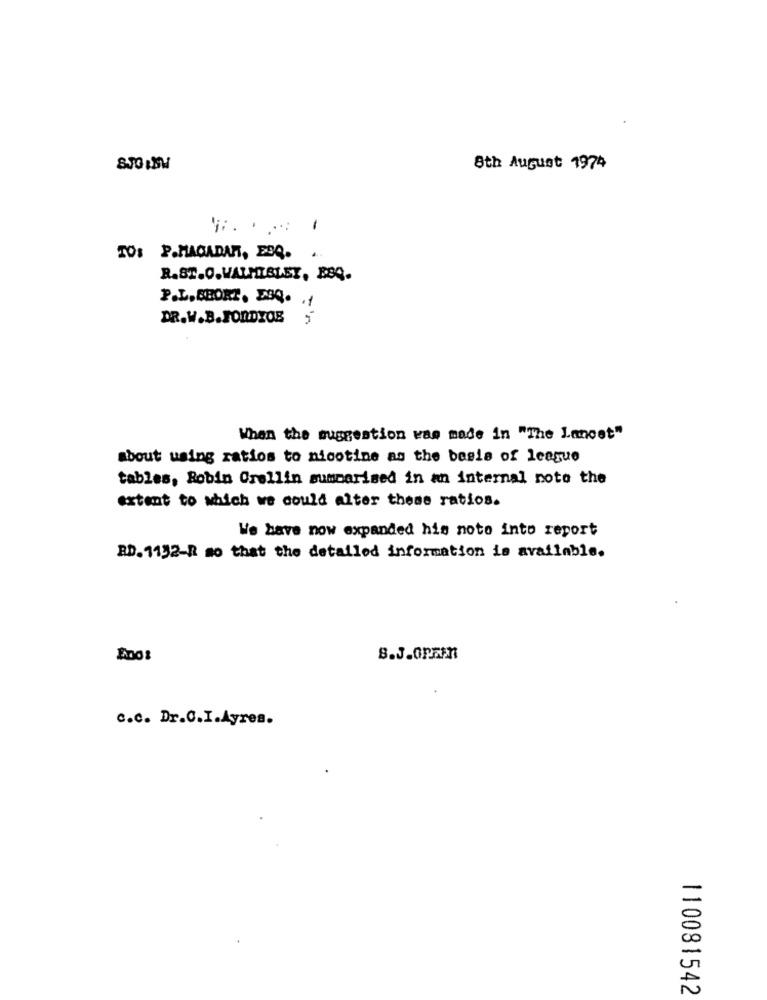
8th August 1974
-
TO: P.MAGADAN, ESQ. ..
R.ST.O.WALHISLEY, BBQ.
P.L. SBORT, BBQ. .
DR.W.B.FORDYOB
When the suggestion was made in "The Lancet"
about using ratios to nicotine as the basis of league
tables, Robin Orellin summarised in an internal noto the
extent to which we could alter these ratios.
We have now expanded his noto into report
RD. 1132-R so that the detailed information is available.
s.J.oPzm
c.c. Dr.C.I.Ayres.
110081542